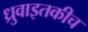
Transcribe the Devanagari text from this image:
ध्रुवाइतकीच